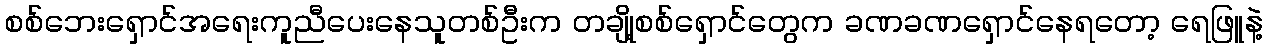
စစ်ဘေးရှောင်အရေးကူညီပေးနေသူတစ်ဦးက တချို့စစ်ရှောင်တွေက ခဏခဏရှောင်နေရတော့ ရေဖြူနဲ့